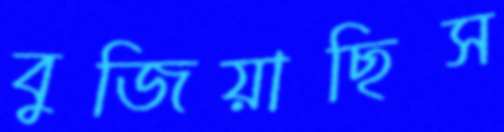
বুজিয়াছিস